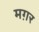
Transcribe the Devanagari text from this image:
मग़र